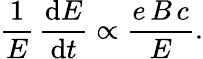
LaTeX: {\frac{1}{E}}\, {\frac{\mathrm{d}E}{\mathrm{d}t}}\propto{\frac{e\, B\, c}{E}}.